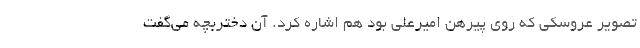
تصویر عروسکی که روی پیرهن امیرعلی بود هم اشاره کرد. آن دختربچه می‌گفت